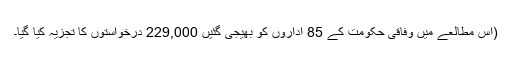
(اس مطالعے میں وفاقی حکومت کے 85 اداروں کو بھیجی گئیں 229,000 درخواستوں کا تجزیہ کیا گیا۔